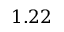
1 . 2 2